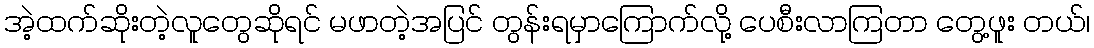
အဲ့ထက်ဆိုးတဲ့လူတွေဆိုရင် မဖာတဲ့အပြင် တွန်းရမှာကြောက်လို့ ပေစီးလာကြတာ တွေ့ဖူး တယ်၊